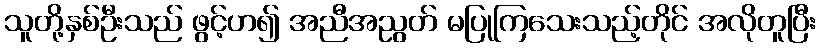
သူတို့နှစ်ဦးသည် ဖွင့်ဟ၍ အညီအညွတ် မပြုကြသေးသည့်တိုင် အလိုတူပြီး